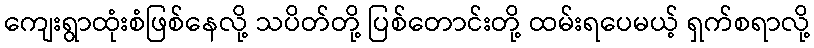
ကျေးရွာထုံးစံဖြစ်နေလို့ သပိတ်တို့ ပြစ်တောင်းတို့ ထမ်းရပေမယ့် ရှက်စရာလို့